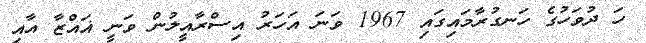
ހަ ދުވަހުގެ ހަނގުރާމައިގައި 1967 ވަނަ އަހަރު އިސްރާއީލުން ވަނީ ޣައްޒާ އާއި